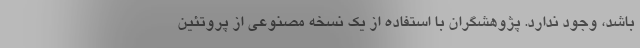
باشد، وجود ندارد. پژوهشگران با استفاده از یک نسخه مصنوعی از پروتئین‌